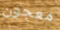
معجون